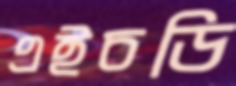
এইচডি